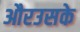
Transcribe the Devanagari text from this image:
औरउसके